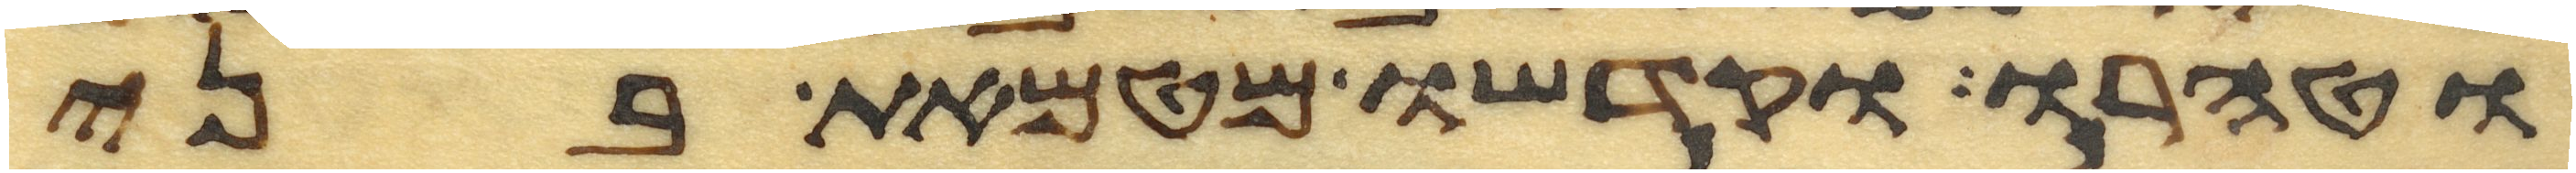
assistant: וטהרו וקדשו מטמאת בני